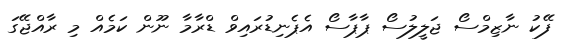
ފޭކު ނާޒިމްސޯ ޖަލީލުސޯ ޕާޕާސޯ އެޕެނިޑުރައިވް ޑްރާމާ ނޫން ކަމެއް މި ރާއްޖޭގަ